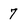
Character: 7